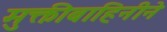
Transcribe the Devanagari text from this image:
मुक्तीबाहिनीने